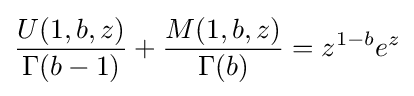
{\frac {U(1,b,z)}{\Gamma (b-1)}}+{\frac {M(1,b,z)}{\Gamma (b)}}=z^{1-b}e^{z}